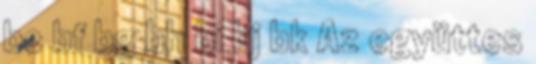
be bf bg bh bi bj bk Az együttes